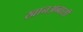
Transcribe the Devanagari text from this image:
खानअब्बासी